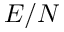
E / N